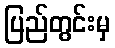
ပြည်တွင်းမှ